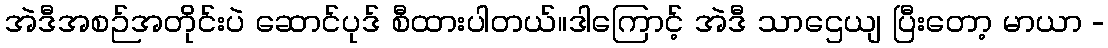
အဲဒီအစဉ်အတိုင်းပဲ ဆောင်ပုဒ် စီထားပါတယ်။ဒါကြောင့် အဲဒီ သာဌေယျ ပြီးတော့ မာယာ -